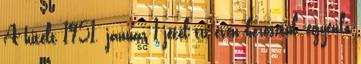
A hitelt 1951. január 1-jétől tíz éven keresztül, egyenlő